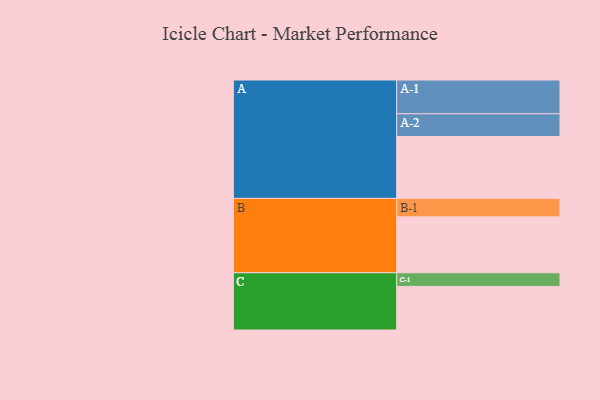
{"axis": {"x": "Segment", "y": "Value"}, "legend": ["", "A", "B", "C"], "data": [{"x": "A", "y": 493, "type": ""}, {"x": "B", "y": 445, "type": ""}, {"x": "C", "y": 347, "type": ""}, {"x": "A-1", "y": 269, "type": "A"}, {"x": "A-2", "y": 181, "type": "A"}, {"x": "B-1", "y": 147, "type": "B"}, {"x": "C-1", "y": 109, "type": "C"}]}